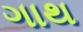
ગાથ